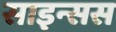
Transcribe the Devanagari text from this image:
साइन्सस